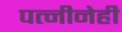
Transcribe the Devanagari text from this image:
पत्नीनेही